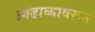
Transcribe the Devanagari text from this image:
आढाव्यावरून